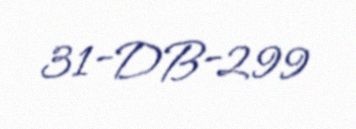
31-DB-299